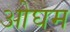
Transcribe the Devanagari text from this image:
ओघम